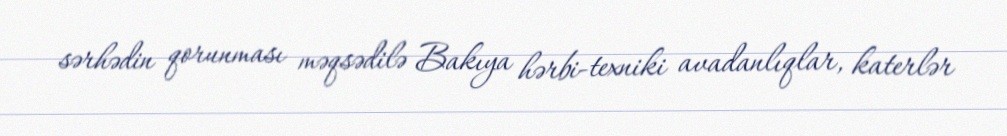
sərhədin qorunması məqsədilə Bakıya hərbi-texniki avadanlıqlar, katerlər